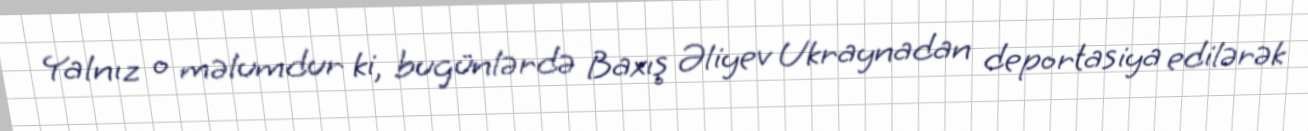
Yalnız o məlumdur ki, bugünlərdə Baxış Əliyev Ukraynadan deportasiya edilərək